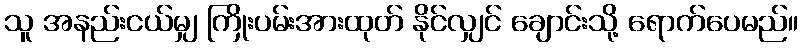
သူ အနည်းငယ်မျှ ကြိုးပမ်းအားထုတ် နိုင်လျှင် ချောင်းသို့ ရောက်ပေမည်။